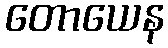
တောယေန